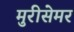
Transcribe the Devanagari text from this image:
मुरीसेमर